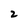
Character: 2